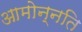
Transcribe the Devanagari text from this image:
आमोन्नति